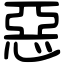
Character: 惡